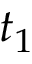
t _ { 1 }